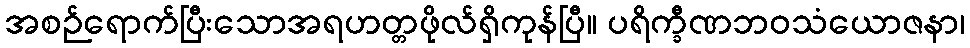
အစဉ်ရောက်ပြီးသောအရဟတ္တဖိုလ်ရှိကုန်ပြီ။ ပရိက္ခီဏဘဝသံယောဇနာ၊